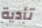
تأدية